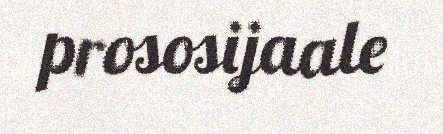
prososijaale